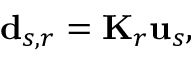
\mathbf { d } _ { s , r } = \mathbf { K } _ { r } \mathbf { u } _ { s } ,